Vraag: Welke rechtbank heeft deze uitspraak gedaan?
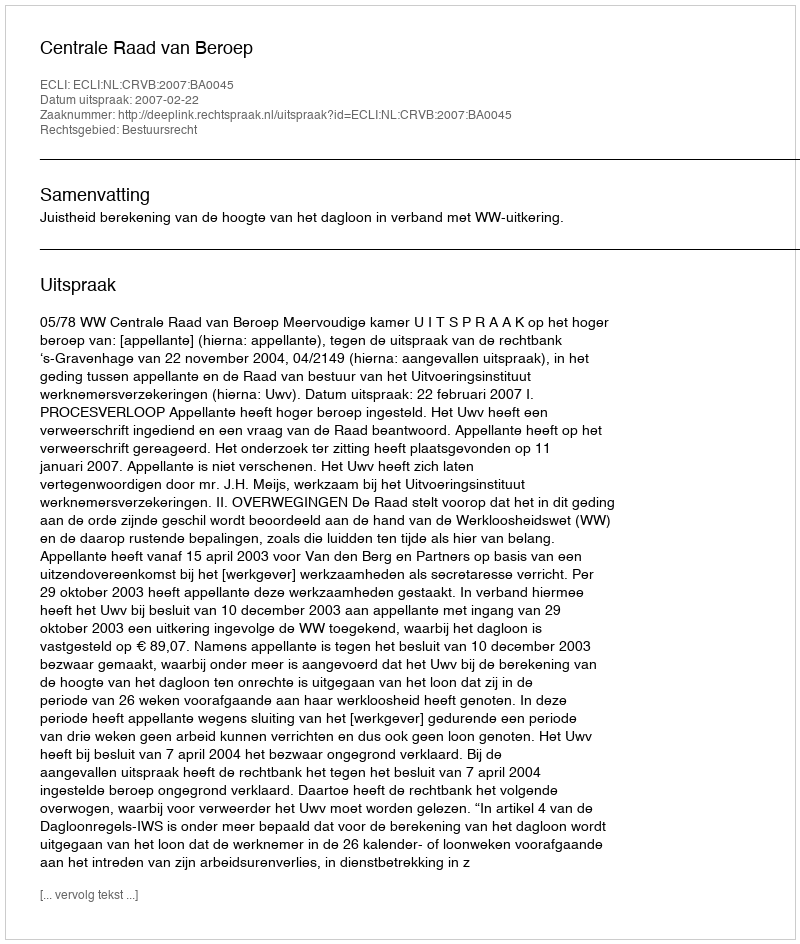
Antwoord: Centrale Raad van Beroep